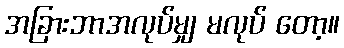
အခြားဘာအလုပ်မျှ မလုပ် တော့။